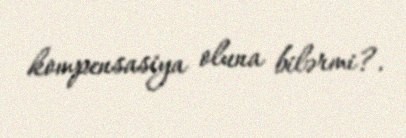
kompensasiya oluna bilərmi?.